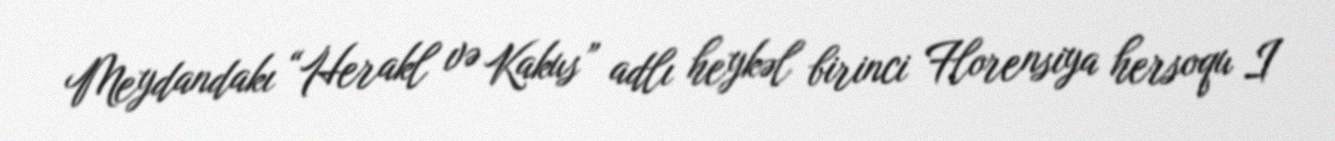
Meydandakı “Herakl və Kakus” adlı heykəl birinci Florensiya hersoqu I